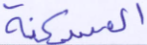
المسكنة